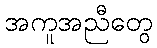
အကူအညီတွေ